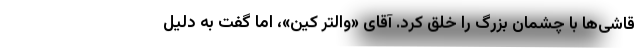
قاشی‌ها با چشمان بزرگ را خلق کرد. آقای «والتر کین»، اما گفت به دلیل